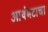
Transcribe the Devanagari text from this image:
आर्यभटाचा